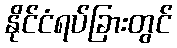
နိုင်ငံရပ်ခြားတွင်